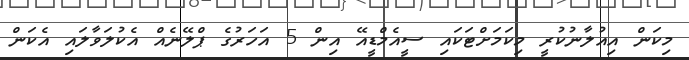
މިކަން އިއުލާނުކުރީ މިކަމަށްޓަކައި ސީއެމްޑީއޭ އިން 5 އަހަރުގެ ޕްލޭނެއް އެކުލަވާލައި އެކަން